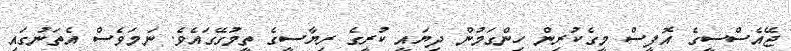
ޖޭއެސްސީގެ އޮފީސް މީގެކުރިން ހިންގަމުން ދިޔައީ ކުރީގެ ރިޔާސީގެ ތީމުގޭގައެވެ. ނަމަވެސް އެތަނުގައި